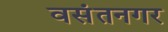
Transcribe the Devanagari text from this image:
वसंतनगर